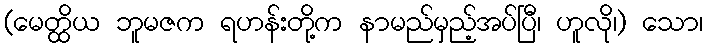
(မေတ္ထိယ ဘူမဇက ရဟန်းတို့က နာမည်မှည့်အပ်ပြီ၊ ဟူလို၊) သော၊